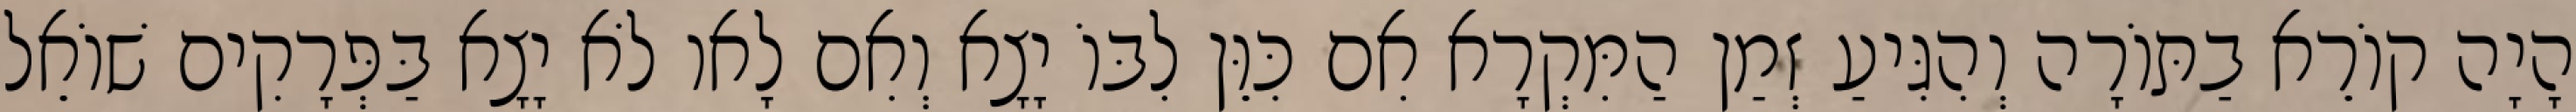
הָיָה קוֹרֵא בַתּוֹרָה וְהִגִּיעַ זְמַן הַמִּקְרָא אִם כִּוֵּן לִבּוֹ יָצָא וְאִם לָאו לֹא יָצָא בַּפְּרָקִים שׁוֹאֵל